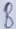
Text: B